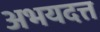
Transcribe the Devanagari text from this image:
अभयदत्त